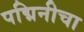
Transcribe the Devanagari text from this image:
पद्मिनीचा